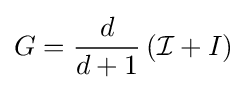
G={\frac {d}{d+1}}\left({\mathcal {I}}+I\right)